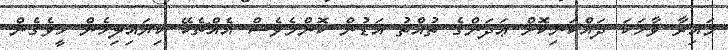
މައިރާ ވާހަކަ ދައްކަނިކޮށް ޢަދަންގެ ތުއްތު އަޑުން ކޮންމެވެސް އެއްޗެކޭ ކިޔައިލިހެން ހީވެގެން